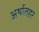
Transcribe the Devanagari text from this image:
अर्थातहर